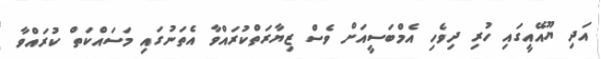
އަދި ޔޫއޭއީގައި ހުރި ދިވެހި އެމްބަސީއަށް ވެސް ޒިޔާރަތްކުރައްވާ އެތަނުގައި މަސައްކަތް ކުރައްވާ